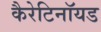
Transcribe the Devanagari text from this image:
कैरेटिनॉयड